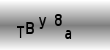
Text: TBy8a